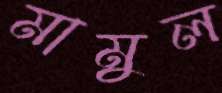
মামুল